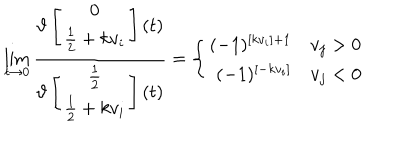
\lim _ { t \rightarrow 0 } \frac { \vartheta \left[ \begin{array} { c } { { 0 } } \\ { { \frac { 1 } { 2 } + k v _ { i } } } \\ \end{array} \right] ( t ) } { \vartheta \left[ \begin{array} { c } { { \frac { 1 } { 2 } } } \\ { { \frac { 1 } { 2 } + k v _ { i } } } \\ \end{array} \right] ( t ) } = \left\{ \begin{array} { r l } { { ( - 1 ) ^ { [ k v _ { i } ] + 1 } } } & { { v _ { j } > 0 } } \\ { { ( - 1 ) ^ { [ - k v _ { i } ] } } } & { { v _ { j } < 0 } } \\ \end{array} \right.